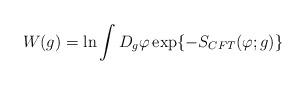
\begin{align*} W(g) = \ln \int D_{g}\varphi \exp\{ -S_{CFT}(\varphi;g)\}\end{align*}